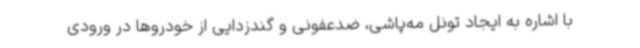
با اشاره به ایجاد تونل مه‌پاشی، ضدعفونی و گندزدایی از خودروها در ورودی